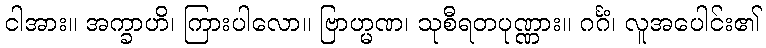
ငါအား။ အက္ခာဟိ၊ ကြားပါလော။ ဗြာဟ္မဏ၊ သုစီရတပုဏ္ဏား။ ဂင်္ဂံ၊ လူအပေါင်း၏